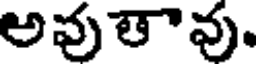
అవుతావు.